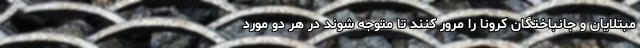
مبتلایان و جانباختگان کرونا را مرور کنند تا متوجه شوند در هر دو مورد